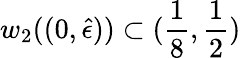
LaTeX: w_{2}((0,\hat{\epsilon}))\subset(\frac{1}{8},\frac{1}{2})